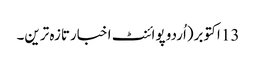
13 اکتوبر(اُردو پوائنٹ اخبارتازہ ترین۔